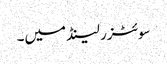
سوئٹزر لینڈ میں۔